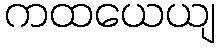
ကထယေယျ